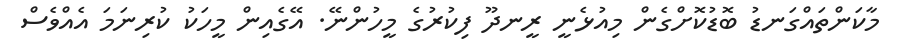
މާކަންތައްގަނޑު ބޮޑުކޮށްގެން މިއުޅެނީ ރީނދޫ ފިކުރުގެ މީހުންނޭ. އޭގެއިން މީހަކު ކުރިނަމަ އެއްވެސް